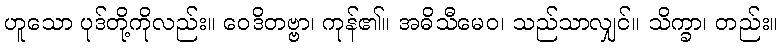
ဟူသော ပုဒ်တို့ကိုလည်း။ ဝေဒိတဗ္ဗာ၊ ကုန်၏။ အဓိသီမေဝ၊ သည်သာလျှင်။ သိက္ခာ၊ တည်း။